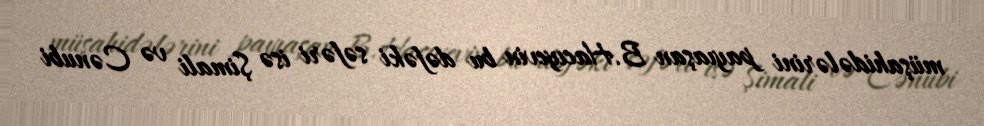
müşahidələrini payıaşan B.Hacıyevin bu dəfəki səfəri isə Şimali və Cənubi